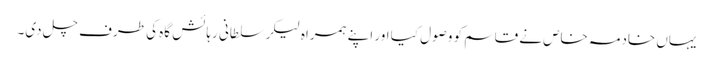
یہاں خادمہ خاص نے قاسم کو وصول کیا اور اپنے ہمراہ لیکر سلطانی رہائش گاہ کی طرف چل دی۔